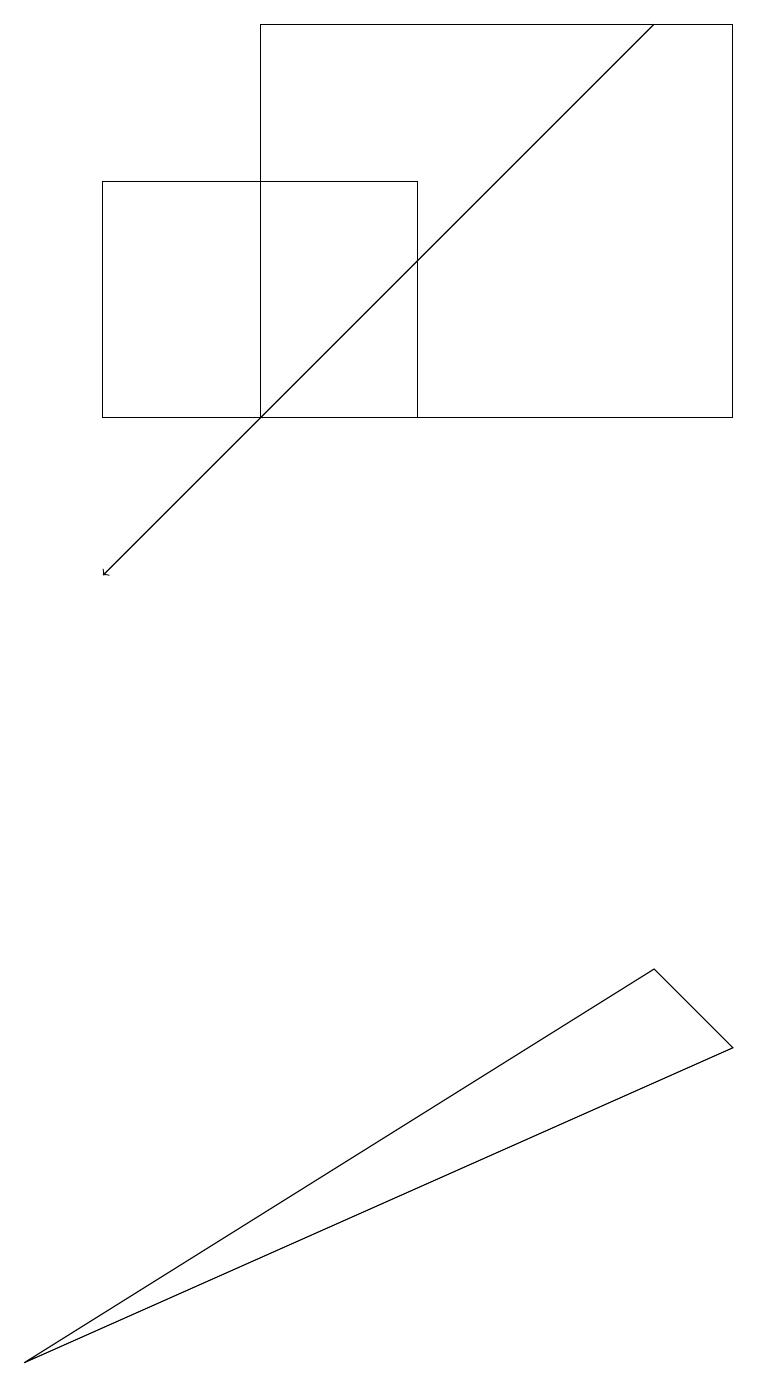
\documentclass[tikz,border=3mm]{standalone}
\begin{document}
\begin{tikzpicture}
\draw[->] (8,17) -- (1,10);
\draw (9,12) rectangle (3,17);
\draw (8,5) -- (9,4) -- (0,0) -- cycle;
\draw (5,12) rectangle (1,15);
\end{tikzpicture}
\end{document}